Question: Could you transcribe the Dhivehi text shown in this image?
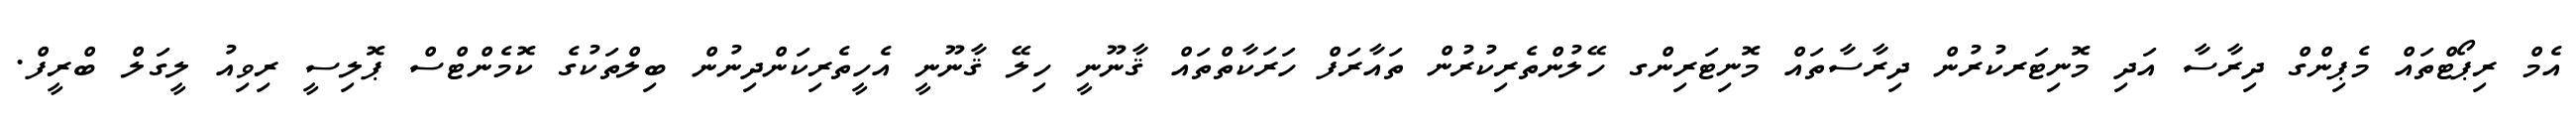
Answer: އެމް ރިޕޯޓްތައް މެޕިންގް ދިރާސާ އަދި މޮނިޓަރކުރުން ދިރާސާތައް މޮނިޓަރިންގ ހޭލުންތެރިކުރުން ތައާރަފް ހަރަކާތްތައް ޤާނޫނީ ހިލޭ ޤާނޫނީ އެހީތެރިކަންދިނުން ބިލްތަކުގެ ކޮމެންޓްސް ޕޮލިސީ ރިވިއު ލީގަލް ބްރީފް.